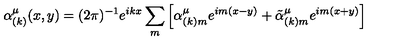
\alpha _ { ( k ) } ^ { \mu } ( x , y ) = ( 2 \pi ) ^ { - 1 } e ^ { i k x } \sum _ { m } \left[ \alpha _ { ( k ) m } ^ { \mu } e ^ { i m ( x - y ) } + \tilde { \alpha } _ { ( k ) m } ^ { \mu } e ^ { i m ( x + y ) } \right]